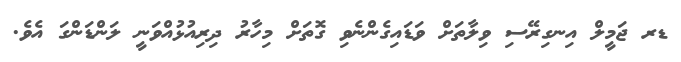
ޑރ ޖަމީލް އިނގިރޭސި ވިލާތަށް ވަޑައިގެންނެވި ގޮތަށް މިހާރު ދިރިއުޅުއްވަނީ ލަންޑަންގަ އެވެ.